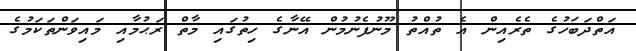
އަތްދަބަހުގެ ތެރެއިން އެ ތުއްތު މޫނުފެނުމުން އޭނާގެ ހިތުގައި މާތް ރަޙުމާއި މައިވަންތަކަމުގެ